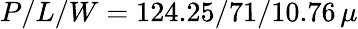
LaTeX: P/L/W=124.25/71/10.76\, \mu